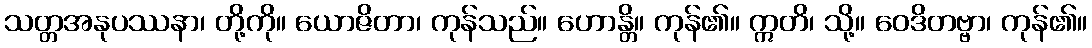
သတ္တအနုပဿနာ၊ တို့ကို။ ယောဇိတာ၊ ကုန်သည်။ ဟောန္တိ။ ကုန်၏။ ဣတိ၊ သို့။ ဝေဒိတဗ္ဗာ၊ ကုန်၏။